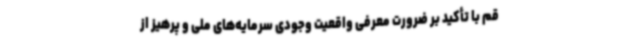
قم با تأکید بر ضرورت معرفی واقعیت وجودی سرمایه‌های ملی و پرهیز از